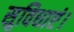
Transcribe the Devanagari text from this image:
सुविधाएं।